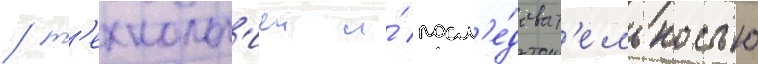
/ т'ехнолог'иеи и́ посл'е́доват'ельностью